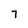
Character: 7